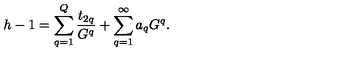
h - 1 = \sum _ { q = 1 } ^ { Q } { \frac { t _ { 2 q } } { G ^ { q } } } + \sum _ { q = 1 } ^ { \infty } a _ { q } G ^ { q } .